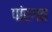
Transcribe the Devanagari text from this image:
पांरगत